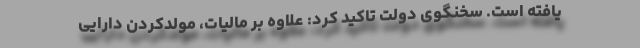
یافته است. سخنگوی دولت تاکید کرد: علاوه بر مالیات، مولدکردن دارایی